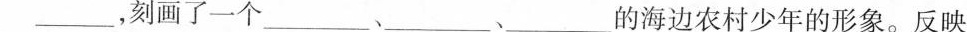
___，刻画了一个___、___、___的海边农村少年的形象。反映